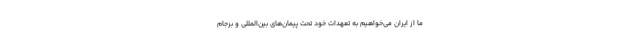
ما از ایران می‌خواهیم به تعهدات خود تحت پیمان‌های بین‌المللی و برجام